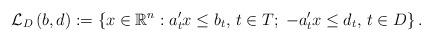
LaTeX: \begin{align*}\mathcal{L}_{D}\left( b,d\right) :=\left\{ x\in \mathbb{R}^{n}:a_{t}^{\prime}x\leq b_{t},\,t\in T;\;-a_{t}^{\prime }x\leq d_{t},\,t\in D\right\} .\end{align*}